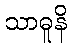
သာဓူနိ